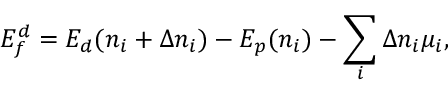
E _ { f } ^ { d } = E _ { d } ( n _ { i } + \Delta n _ { i } ) - E _ { p } ( n _ { i } ) - \sum _ { i } \Delta n _ { i } \mu _ { i } ,